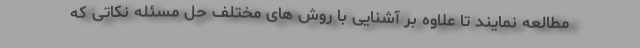
مطالعه نمایند تا علاوه بر آشنایی با روش های مختلف حل مسئله نکاتی که